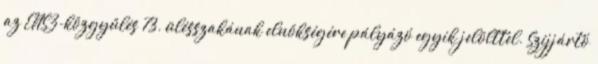
az ENSZ-közgyűlés 73. ülésszakának elnökségére pályázó egyik jelölttel. Szijjártó